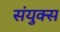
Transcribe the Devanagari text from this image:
संयुक्स